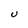
Character: U